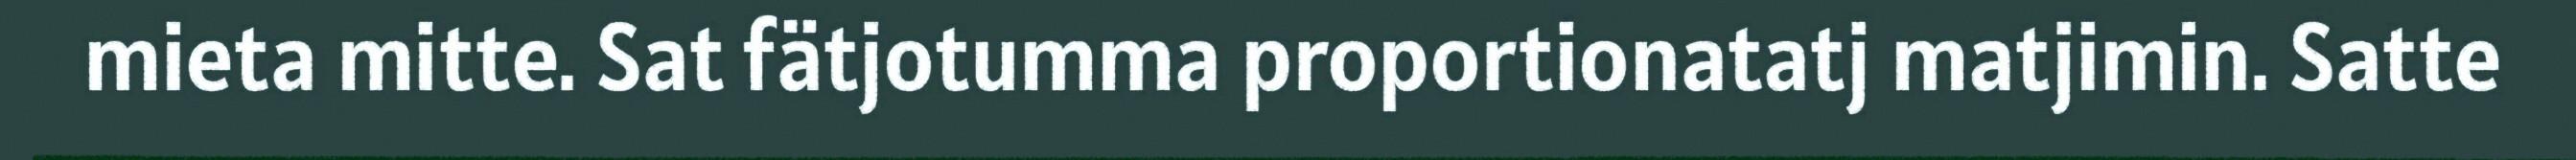
mieta mitte. Sat fätjotumma proportionatatj matjimin. Satte